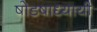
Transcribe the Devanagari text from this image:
षोडषाध्यायी